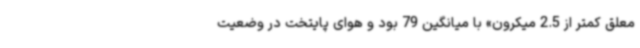
معلق کمتر از 2.5 میکرون» با میانگین 79 بود و هوای پایتخت در وضعیت